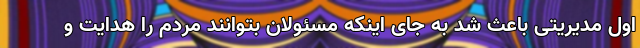
اول مدیریتی باعث شد به جای اینکه مسئولان بتوانند مردم را هدایت و